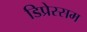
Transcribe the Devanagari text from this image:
डिप्रेस्सम